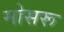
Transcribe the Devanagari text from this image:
मोसरू